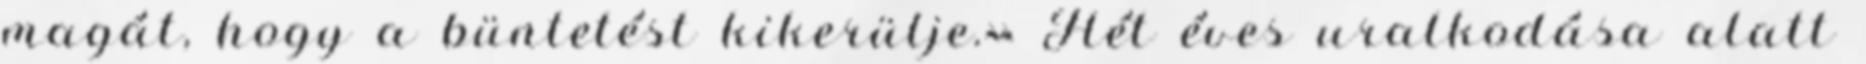
magát, hogy a büntetést kikerülje.» Hét éves uralkodása alatt